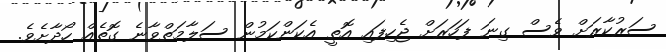
ސަރުކާރަށް ވެސް ގިނަ ފަހަރަށް ޖެހިފައި އޮތީ އެކަންކަމުން ސަލާމަތްވާނެ ގޮތެއް ހޯދާށެވެ.